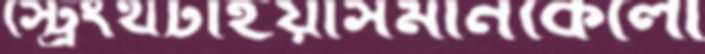
স্ট্রেংথটাইয়াসমীনকেলো